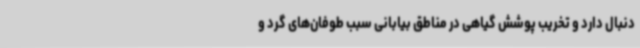
دنبال دارد و تخریب پوشش گیاهی در مناطق بیابانی سبب طوفان‌های گرد و